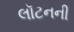
લૉટનની